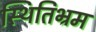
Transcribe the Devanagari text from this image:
स्थितिभ्रम